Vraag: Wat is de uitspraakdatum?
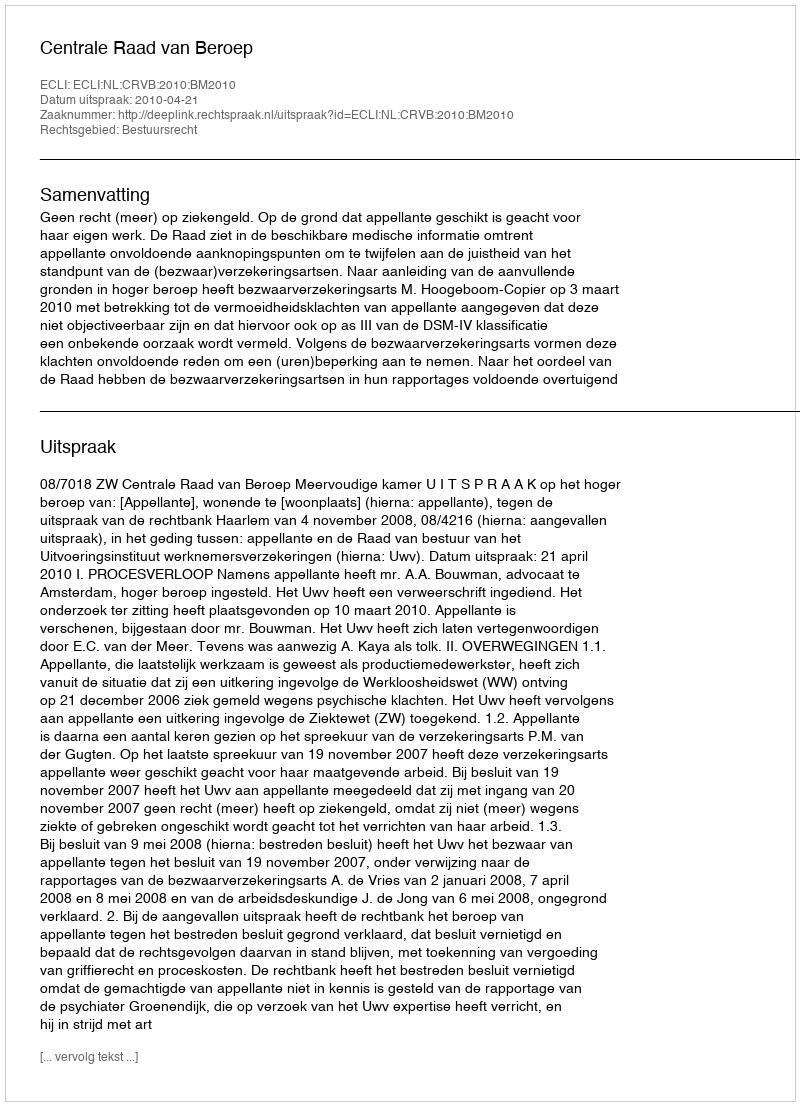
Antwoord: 2010-04-21